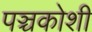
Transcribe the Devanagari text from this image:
पञ्चकोशी